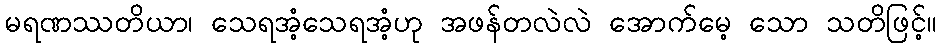
မရဏဿတိယာ၊ သေရအံ့သေရအံ့ဟု အဖန်တလဲလဲ အောက်မေ့ သော သတိဖြင့်။